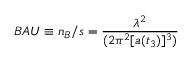
B A U \equiv n _ { B } / s = { \frac { \lambda ^ { 2 } } { ( 2 \pi ^ { 2 } [ a ( t _ { 3 } ) ] ^ { 3 } ) } }